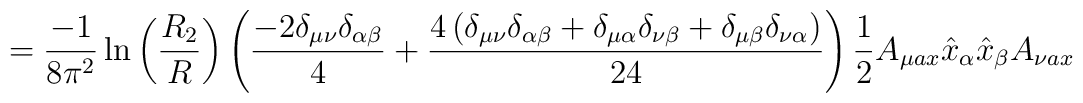
=\frac{-1}{8\pi^2}\ln\left(\frac{R_2}{R}\right)\left(\frac{-2\delta_	{\mu\nu}\delta_{\alpha\beta}}{4}+\frac{4\left(\delta_{\mu\nu}\delta_	{\alpha\beta}+\delta_{\mu\alpha}\delta_{\nu\beta}+\delta_{\mu\beta}	\delta_{\nu\alpha}\right)}{24}\right)\frac{1}{2}A_{\mu ax}\hat{x}_\alpha	\hat{x}_\beta A_{\nu ax}